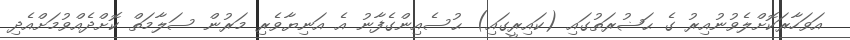
އަވަހާރަކޮށްލެވުނުއިރު ގެ ޙަޟުރަތުގައި (ކައިރީގައި) ޙުސެއިންގެފާނު އެ އަނިޔާވެރި މަރުން ސަލާމަތް ކޮށްދެއްވުމަށްއެދި